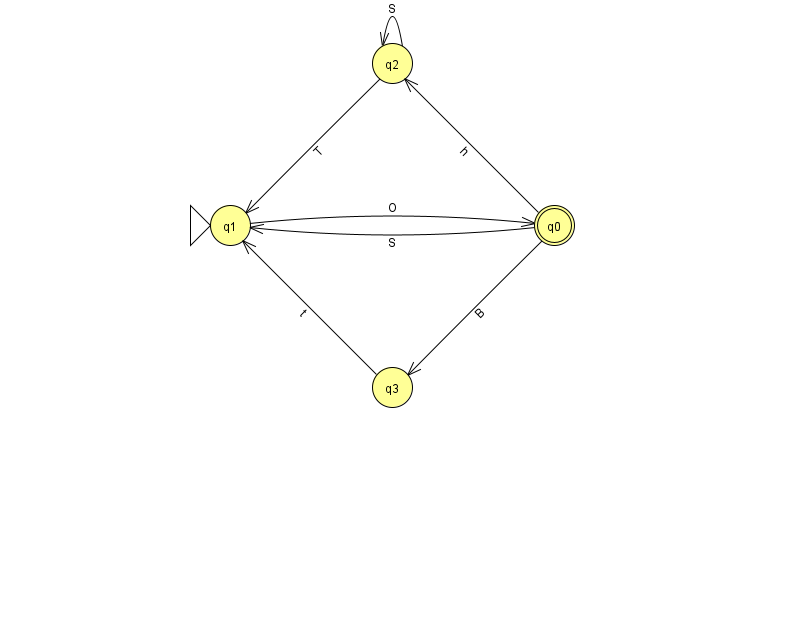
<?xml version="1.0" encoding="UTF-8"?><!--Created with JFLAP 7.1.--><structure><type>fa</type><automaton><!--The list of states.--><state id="0" name="q0"><x>554.0</x><y>212.0</y><final/></state><state id="1" name="q1"><x>230.0</x><y>212.0</y><initial/></state><state id="2" name="q2"><x>392.0</x><y>50.0</y></state><state id="3" name="q3"><x>392.0</x><y>374.0</y></state><!--The list of transitions.--><transition><from>0</from><to>2</to><read>h</read></transition><transition><from>2</from><to>1</to><read>T</read></transition><transition><from>0</from><to>3</to><read>B</read></transition><transition><from>1</from><to>0</to><read>O</read></transition><transition><from>2</from><to>2</to><read>S</read></transition><transition><from>3</from><to>1</to><read>t</read></transition><transition><from>0</from><to>1</to><read>S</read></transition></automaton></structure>